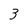
Character: 3